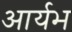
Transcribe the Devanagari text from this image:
आर्यभ